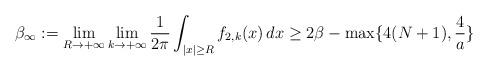
LaTeX: \begin{align*}\beta_\infty := \lim_{R \to +\infty} \lim_{k \to +\infty} \frac{1}{2\pi} \int_{|x| \geq R} f_{2,k} (x) \, dx \geq 2\beta - \max\{ 4(N+1), \frac{4}{a} \}\end{align*}